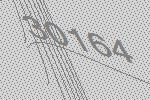
30164